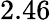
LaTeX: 2.46